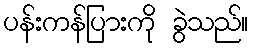
ပန်းကန်ပြားကို ခွဲသည်။